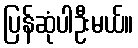
ပြန်ဆုံပါဦးမယ်။